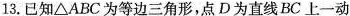
13.已知△ABC为等边三角形，点D为直线BC上一动